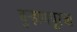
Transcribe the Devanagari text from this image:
बुर्‍हाणपूरचा